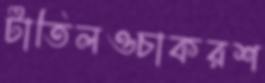
টাতিলওচাকরশ